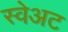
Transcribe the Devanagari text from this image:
स्वेअट